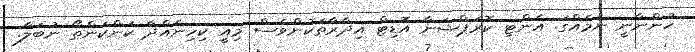
ހުންނާނީ ނަމެއްގަ. އެންޓި ކޮރަޕްޝަނާ އޮޑިޓް އިދާރާތަކުންވެސް މިއީ ކިހިނެއްދާ ކަންކަންތޯ ނުބަލާ.